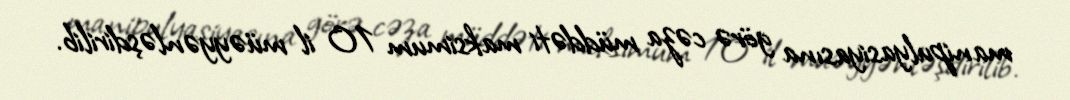
manipulyasiyasına görə cəza müddəti maksimum 10 il müəyyənləşdirilib.